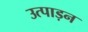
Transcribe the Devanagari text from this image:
उत्पाड़न